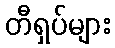
တီရှပ်များ